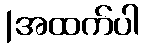
|အထက်ပါ